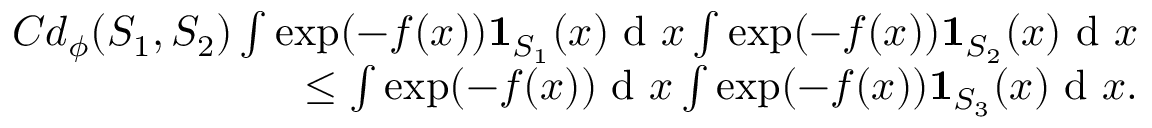
\begin{array} { r } { C d _ { \phi } ( S _ { 1 } , S _ { 2 } ) \int \exp ( - f ( x ) ) \mathbf { 1 } _ { S _ { 1 } } ( x ) \textup { d } x \int \exp ( - f ( x ) ) \mathbf { 1 } _ { S _ { 2 } } ( x ) \textup { d } x } \\ { \leq \int \exp ( - f ( x ) ) \textup { d } x \int \exp ( - f ( x ) ) \mathbf { 1 } _ { S _ { 3 } } ( x ) \textup { d } x . } \end{array}